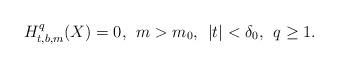
LaTeX: \begin{align*}H^q_{t, b, m}(X)=0, \:\:m> m_0,\:\: |t|<\delta_0,\:\: q\geq1.\end{align*}